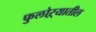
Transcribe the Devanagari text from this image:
फुलोऱ्यातील